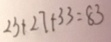
2 3 + 2 7 + 3 3 = 8 3